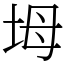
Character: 坶